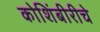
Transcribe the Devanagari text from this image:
कोशिंबीरीचे